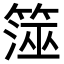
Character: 𥱒